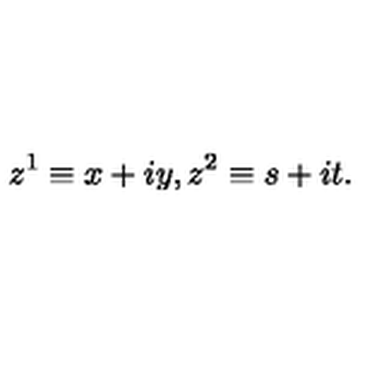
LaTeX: z ^ { 1 } \equiv x + i y , z ^ { 2 } \equiv s + i t .